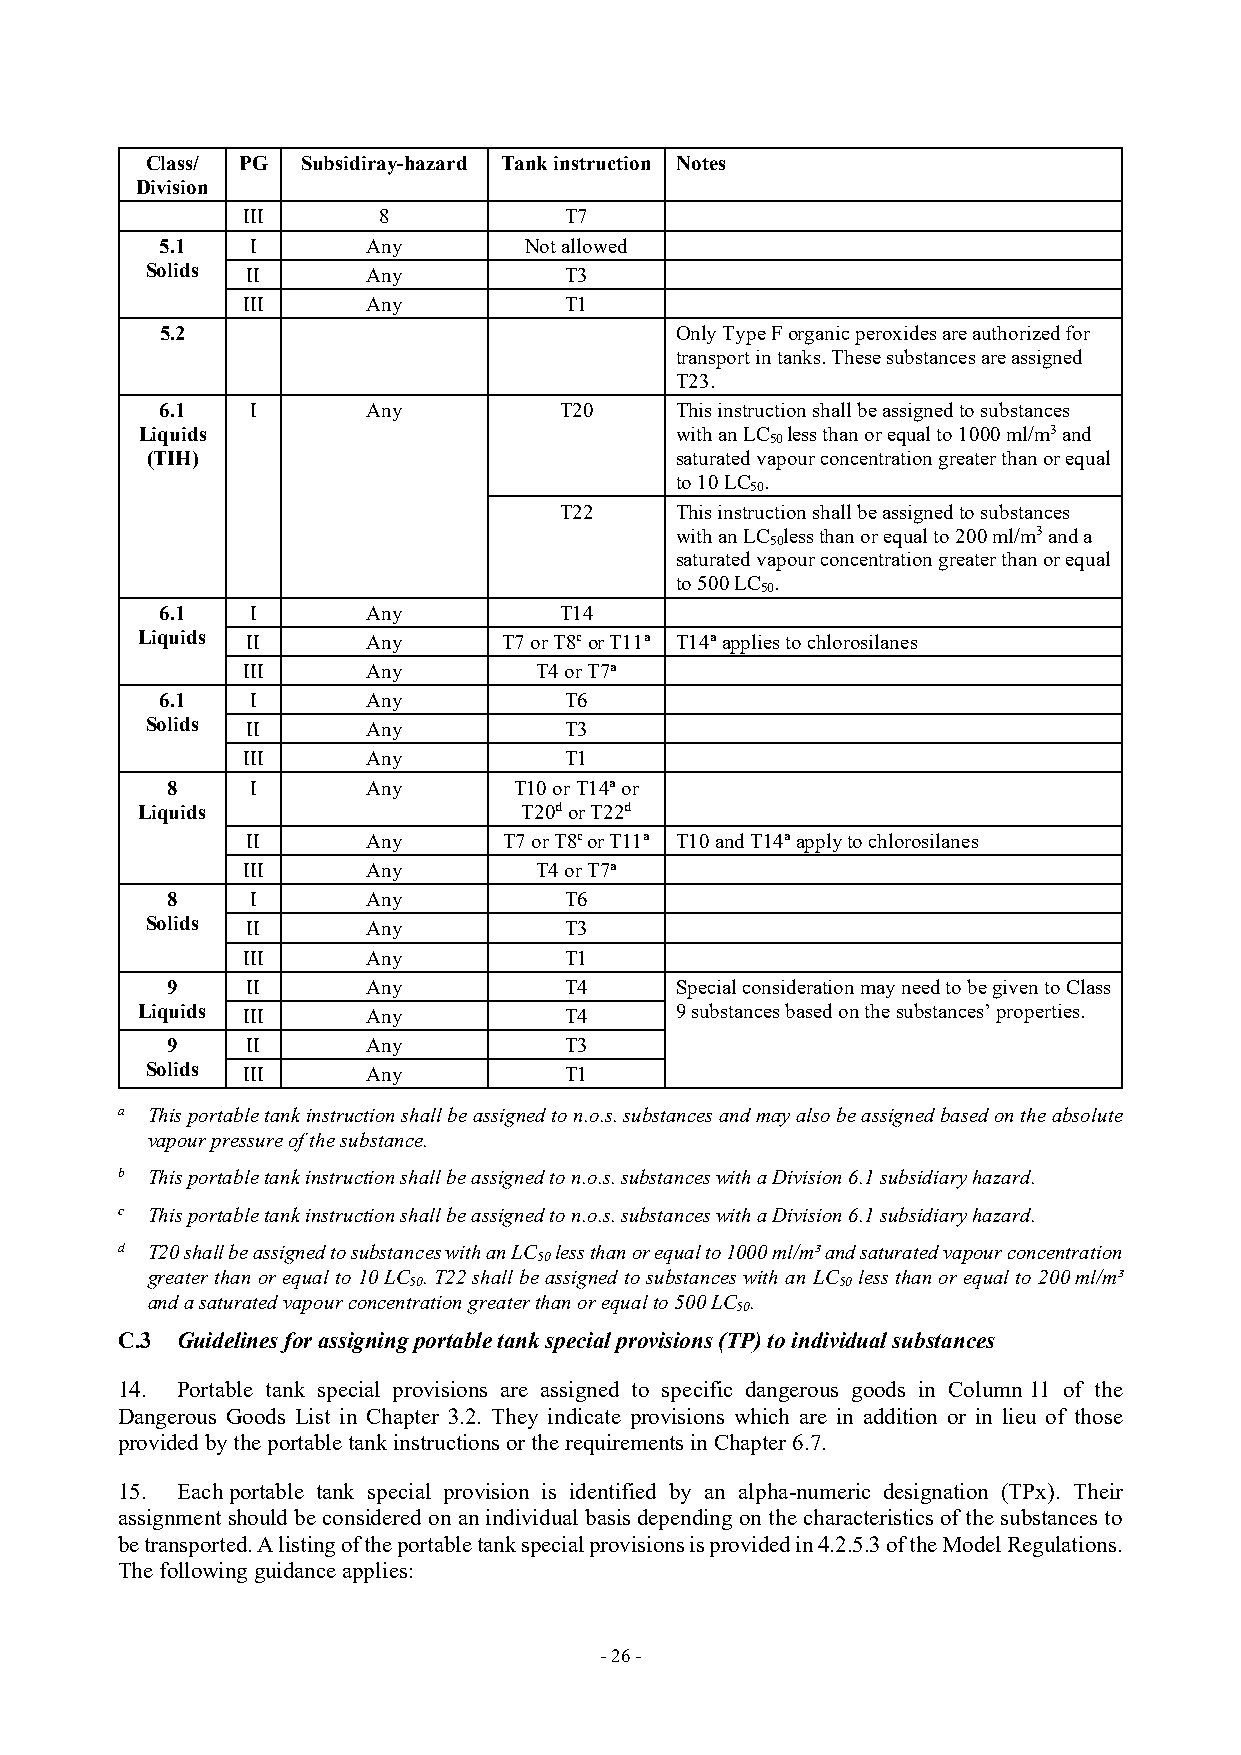
Class/ PG Subsidiray-hazard Tank instruction Notes
 Division
 III      8           T7
 5.1   I      Any        Not allowed
 Solids II     Any          T3
 III     Any          T1
 5.2                               Only Type F organic peroxides are authorized for
 transport in tanks. These substances are assigned
 T23.
 6.1   I      Any          T20     This instruction shall be assigned to substances
 Liquids                             with an LC less than or equal to 1000 ml/m3 and
 50
 (TIH)                              saturated vapour concentration greater than or equal
 to 10 LC .
 50
 T22     This instruction shall be assigned to substances
 with an LC less than or equal to 200 ml/m3 and a
 50
 saturated vapour concentration greater than or equal
 to 500 LC .
 50
 6.1   I      Any          T14
 Liquids II     Any      T7 or T8c or T11a T14a applies to chlorosilanes
 III     Any        T4 or T7a
 6.1   I      Any          T6
 Solids II     Any          T3
 III     Any          T1
 8     I      Any       T10 or T14a or
 Liquids                  T20d or T22d
 II      Any      T7 or T8c or T11a T10 and T14a apply to chlorosilanes
 III     Any        T4 or T7a
 8     I      Any          T6
 Solids II     Any          T3
 III     Any          T1
 9    II      Any          T4      Special consideration may need to be given to Class
 Liquids III    Any          T4      9 substances based on the substances’ properties.
 9    II      Any          T3
 Solids III    Any          T1
 a This portable tank instruction shall be assigned to n.o.s. substances and may also be assigned based on the absolute
 vapour pressure of the substance.
 b This portable tank instruction shall be assigned to n.o.s. substances with a Division 6.1 subsidiary hazard.
 c This portable tank instruction shall be assigned to n.o.s. substances with a Division 6.1 subsidiary hazard.
 d T20 shall be assigned to substances with an LC less than or equal to 1000 ml/m³ and saturated vapour concentration
 50
 greater than or equal to 10 LC . T22 shall be assigned to substances with an LC less than or equal to 200 ml/m³
 50                          50
 and a saturated vapour concentration greater than or equal to 500 LC .
 50
 C.3 Guidelines for assigning portable tank special provisions (TP) to individual substances
 14. Portable tank special provisions are assigned to specific dangerous goods in Column 11 of the
 Dangerous Goods List in Chapter 3.2. They indicate provisions which are in addition or in lieu of those
 provided by the portable tank instructions or the requirements in Chapter 6.7.
 15. Each portable tank special provision is identified by an alpha-numeric designation (TPx). Their
 assignment should be considered on an individual basis depending on the characteristics of the substances to
 be transported. A listing of the portable tank special provisions is provided in 4.2.5.3 of the Model Regulations.
 The following guidance applies:
 - 26 -